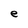
Character: e